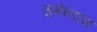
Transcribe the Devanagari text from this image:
सुमेरुदास